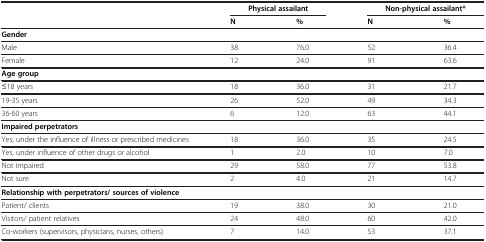
|  | <COLSPAN=2> Physical assailant | <COLSPAN=2> Non-physical assailant* |
 |  | N | % | N | % |
 | --- | --- | --- | --- | --- |
 | <COLSPAN=5> Gender |
 | Male | 38 | 76.0 | 52 | 36.4 |
 | Female | 12 | 24.0 | 91 | 63.6 |
 | <COLSPAN=5> Age group |
 | ≤18 years | 18 | 36.0 | 31 | 21.7 |
 | 19-35 years | 26 | 52.0 | 49 | 34.3 |
 | 36-60 years | 6 | 12.0 | 63 | 44.1 |
 | <COLSPAN=5> Impaired perpetrators |
 | Yes, under the influence of illness or prescribed medicines | 18 | 36.0 | 35 | 24.5 |
 | Yes, under influence of other drugs or alcohol | 1 | 2.0 | 10 | 7.0 |
 | Not impaired | 29 | 58.0 | 77 | 53.8 |
 | Not sure | 2 | 4.0 | 21 | 14.7 |
 | <COLSPAN=5> Relationship with perpetrators/ sources of violence |
 | Patient/ clients | 19 | 38.0 | 30 | 21.0 |
 | Visitors/ patient relatives | 24 | 48.0 | 60 | 42.0 |
 | Co-workers (supervisors, physicians, nurses, others) | 7 | 14.0 | 53 | 37.1 |